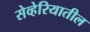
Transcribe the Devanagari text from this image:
सेव्हेरियातील